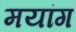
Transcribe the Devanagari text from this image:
मयांग